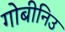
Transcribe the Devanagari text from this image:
गोबीनिउ